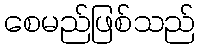
စေမည်ဖြစ်သည်